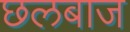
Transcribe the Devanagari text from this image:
छलबाज